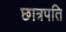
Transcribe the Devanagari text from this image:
छात्रपति